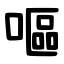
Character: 嘔